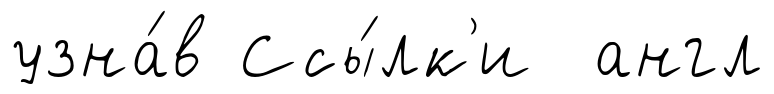
узна́в Ссы́лк'и англ